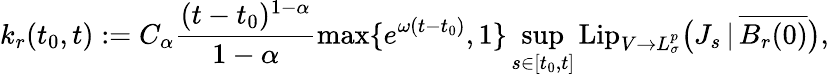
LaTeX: k_{r}(t_{0},t):=C_{\alpha}\frac{(t-t_{0})^{1-\alpha}}{1-\alpha}\operatorname*{max}\{ e^{\omega(t-t_{0})},1\} \operatorname*{sup}_{s\in[t_{0},t]}\mathrm{Lip}_{V\to L_{\sigma}^{p}}\big(J_{s}\, |\, \overline{{B_{r}(0)}}\big),